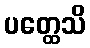
ပတ္ထေသိ